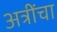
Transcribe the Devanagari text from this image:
अत्रींचा